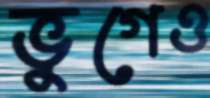
ভুগেও